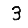
Digit: 3